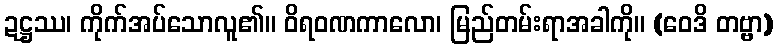
ဍဋ္ဌဿ၊ ကိုက်အပ်သောလူ၏။ ဝိရဝဏကာလော၊ မြည်တမ်းရာအခါကို။ (ဝေဒိ တဗ္ဗာ)